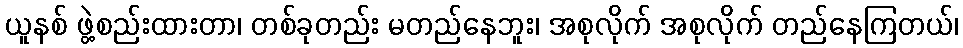
ယူနစ် ဖွဲ့စည်းထားတာ၊ တစ်ခုတည်း မတည်နေဘူး၊ အစုလိုက် အစုလိုက် တည်နေကြတယ်၊